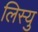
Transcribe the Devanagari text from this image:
लिस्यु